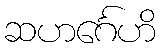
ဆဟင်္ဂေဟိ